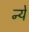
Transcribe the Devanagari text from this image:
न्‍ये